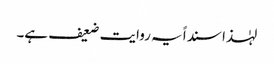
لہٰذا سنداً یہ روایت ضعیف ہے۔